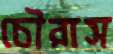
চৌরাস